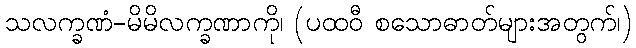
သလက္ခဏံ-မိမိလက္ခဏာကို၊ (ပထဝီ စသောဓာတ်များအတွက်၊)